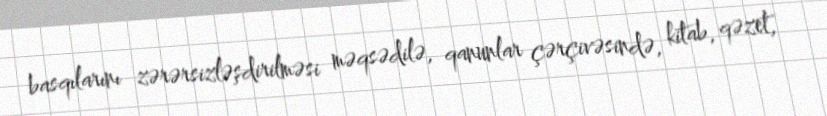
basqılarını zərərsizləşdirilməsi məqsədilə, qanunlar çərçivəsində, kitab, qəzet,